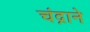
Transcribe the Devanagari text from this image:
चंद्राने